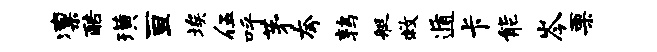
凛酷璜亘埃伍呼茅夸鹑艇救遁卡能岑栗